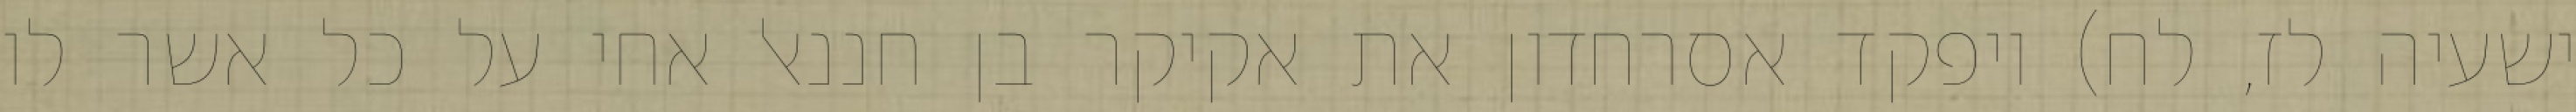
ישעיה לז, לח) ויפקד אסרחדון את אקיקר בן חננאל אחי על כל אשר לו